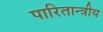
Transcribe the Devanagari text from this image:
पारितान्त्रीय